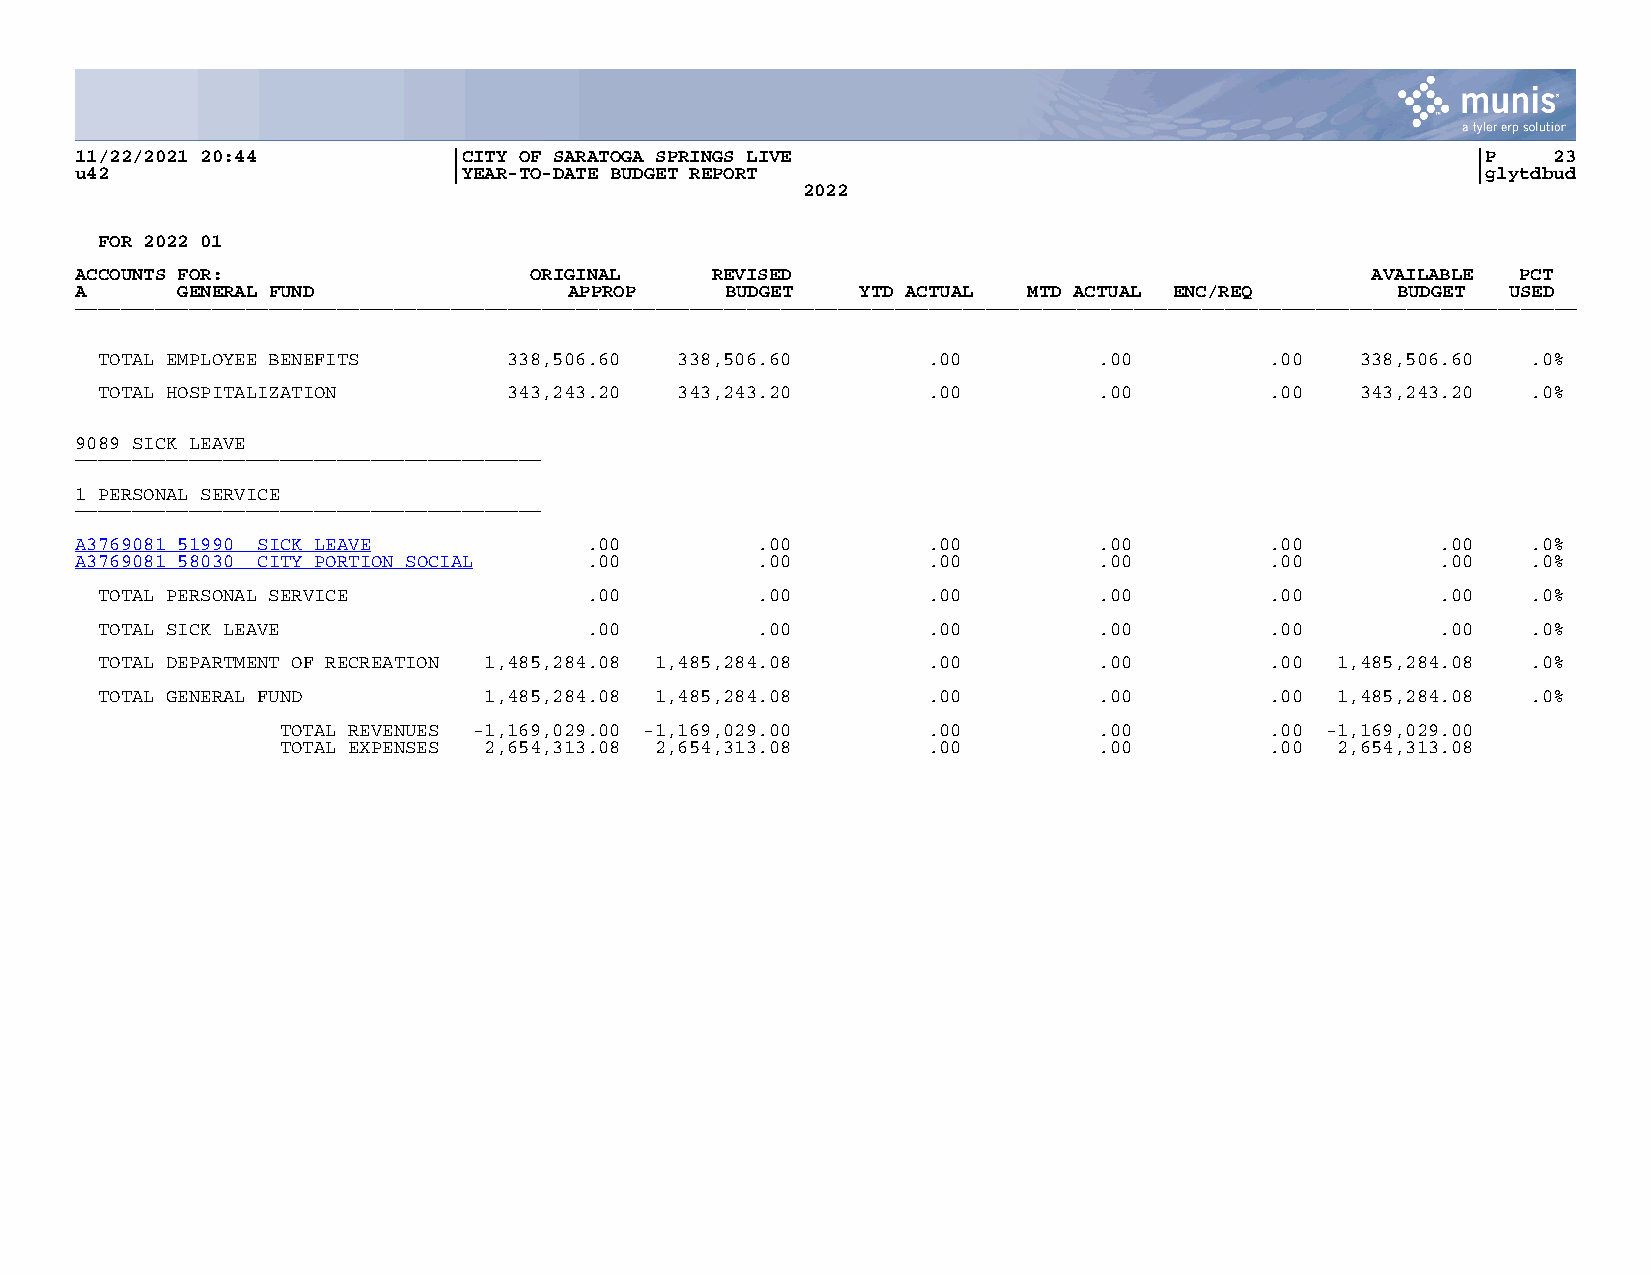
11/22/2021 20:44         |CITY OF SARATOGA SPRINGS LIVE                                     |P    23
 u42                      |YEAR-TO-DATE BUDGET REPORT                                        |glytdbud
 2022
 FOR 2022 01
 ACCOUNTS FOR:                 ORIGINAL    REVISED                                     AVAILABLE PCT
 A      GENERAL FUND              APPROP    BUDGET   YTD ACTUAL MTD ACTUAL ENC/REQ      BUDGET  USED
 ____________________________________________________________________________________________________________________________________
 TOTAL EMPLOYEE BENEFITS     338,506.60 338,506.60      .00         .00        .00   338,506.60 .0%
 TOTAL HOSPITALIZATION       343,243.20 343,243.20      .00         .00        .00   343,243.20 .0%
 9089 SICK LEAVE
 _________________________________________
 1 PERSONAL SERVICE
 _________________________________________
 A3769081 51990 SICK LEAVE         .00        .00        .00         .00        .00        .00   .0%
 A3769081 58030 CITY PORTION SOCI A L .00     .00        .00         .00        .00        .00   .0%
 TOTAL PERSONAL SERVICE           .00        .00        .00         .00        .00        .00   .0%
 TOTAL SICK LEAVE                 .00        .00        .00         .00        .00        .00   .0%
 TOTAL DEPARTMENT OF RECREATION 1,485,284.08 1,485,284.08 .00       .00        .00 1,485,284.08 .0%
 TOTAL GENERAL FUND        1,485,284.08 1,485,284.08    .00         .00        .00 1,485,284.08 .0%
 TOTAL REVENUES -1,169,029.00 -1,169,029.00 .00        .00        .00 -1,169,029.00
 TOTAL EXPENSES 2,654,313.08 2,654,313.08  .00         .00        .00 2,654,313.08